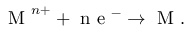
\mathrm { ~ M ~ } ^ { n + } + \mathrm { ~ n ~ e ~ } ^ { - } \rightarrow \mathrm { ~ M ~ } .